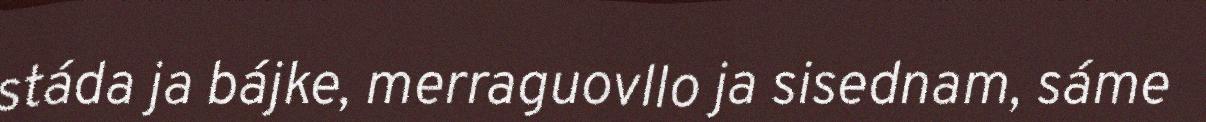
stáda ja bájke, merraguovllo ja sisednam, sáme